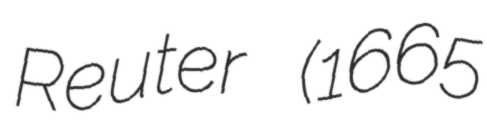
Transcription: Reuter (1665